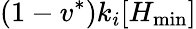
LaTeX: (1-v^{*})k_{i}[H_{\operatorname*{min}}]